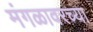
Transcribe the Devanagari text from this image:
मंगळावरच्या